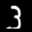
Label: 3